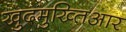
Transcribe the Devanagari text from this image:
खुदमुख्तिआर